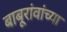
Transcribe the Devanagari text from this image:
बाबूरांवांच्या